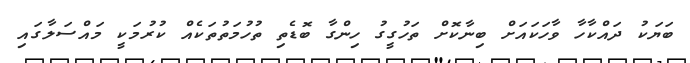
ބަޔަކު ދައްކާހާ ވާހަކައަށް ބިނާކޮށް ތަހުގީގު ހިންގާ ބޮޑެތި ތުހުމަތުތަކެއް ކުރުމަކީ މައްސަލާގައި